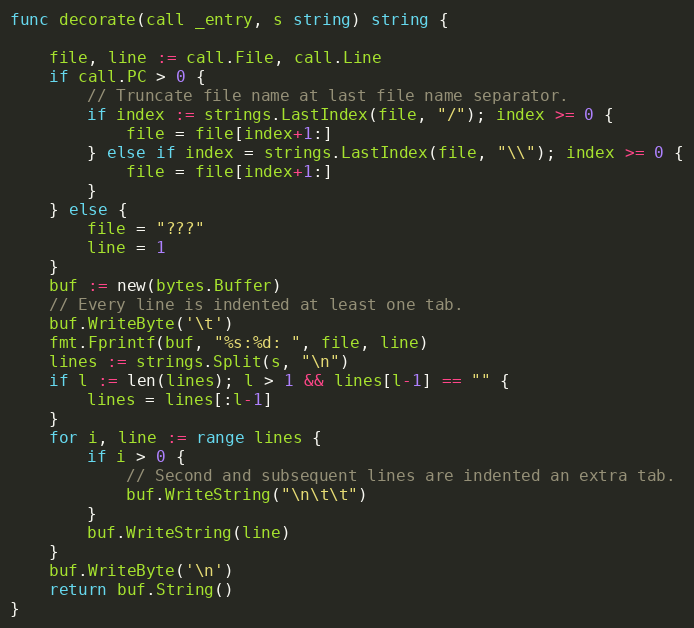
Language: Go
func decorate(call _entry, s string) string {

	file, line := call.File, call.Line
	if call.PC > 0 {
		// Truncate file name at last file name separator.
		if index := strings.LastIndex(file, "/"); index >= 0 {
			file = file[index+1:]
		} else if index = strings.LastIndex(file, "\\"); index >= 0 {
			file = file[index+1:]
		}
	} else {
		file = "???"
		line = 1
	}
	buf := new(bytes.Buffer)
	// Every line is indented at least one tab.
	buf.WriteByte('\t')
	fmt.Fprintf(buf, "%s:%d: ", file, line)
	lines := strings.Split(s, "\n")
	if l := len(lines); l > 1 && lines[l-1] == "" {
		lines = lines[:l-1]
	}
	for i, line := range lines {
		if i > 0 {
			// Second and subsequent lines are indented an extra tab.
			buf.WriteString("\n\t\t")
		}
		buf.WriteString(line)
	}
	buf.WriteByte('\n')
	return buf.String()
}